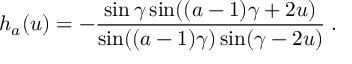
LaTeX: h _ { a } ( u ) = - \frac { \sin \gamma \sin ( ( a - 1 ) \gamma + 2 u ) } { \sin ( ( a - 1 ) \gamma ) \sin ( \gamma - 2 u ) } \; .